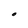
Character: O